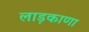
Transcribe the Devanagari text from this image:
लाड़काणा